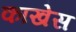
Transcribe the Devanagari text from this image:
काखेस